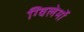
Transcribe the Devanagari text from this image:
ग्विलेर्मो